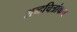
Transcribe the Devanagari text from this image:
शब्दचित्रांकन